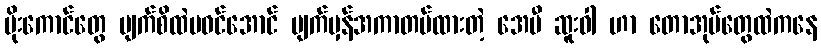
ပိုးကောင်တွေ မျက်စိထဲမဝင်အောင် မျက်မှန်အကာတပ်ထားတဲ့ အေမီ ဆူးဝါ ဟာ တောအုပ်တွေထဲကနေ